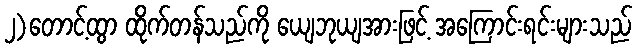
၂)တောင့်ထွာ ထိုက်တန်သည်ကို ယျေဘုယျအားဖြင့် အကြောင်းရင်းများသည်